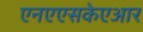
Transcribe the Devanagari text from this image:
एनएएसकेएआर